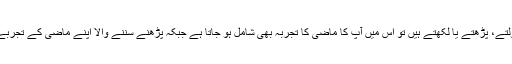
اس کی وجہ یہ ہے کہ جب آپ کوئی فقرہ بولتے، پڑھتے یا لکھتے ہیں تو اس میں آپ کا ماضی کا تجربہ بھی شامل ہو جاتا ہے جبکہ پڑھنے سننے والا اپنے ماضی کے تجربے کی روشنی میں اس کا مفہوم اخذ کرتا ہے۔